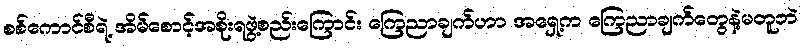
စစ်ကောင်စီရဲ့ အိမ်စောင့်အစိုးရဖွဲ့စည်းကြောင်း ကြေညာချက်ဟာ အရှေ့က ကြေညာချက်တွေနဲ့မတူဘဲ